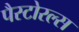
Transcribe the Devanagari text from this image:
पैस्टोरल्स